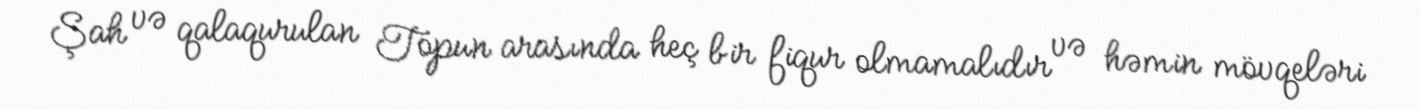
Şah və qalaqurulan Topun arasında heç bir fiqur olmamalıdır və həmin mövqeləri